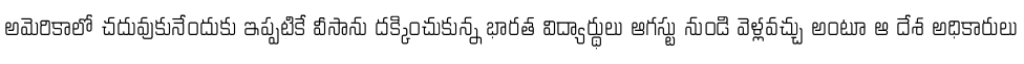
అమెరికాలో చదువుకునేందుకు ఇప్పటికే వీసాను దక్కించుకున్న భారత విద్యార్థులు ఆగస్టు నుండి వెళ్లవచ్చు అంటూ ఆ దేశ అధికారులు